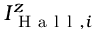
I _ { \mathrm { ~ H ~ a ~ l ~ l ~ } , i } ^ { z }